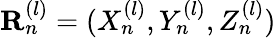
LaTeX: \mathbf{R}_{n}^{(l)}=(X_{n}^{(l)},Y_{n}^{(l)},Z_{n}^{(l)})